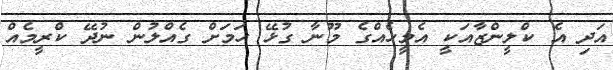
އަދި އެ ކްލީންޒާއަކީ އެމީހެއްގެ މޫނާ ގުޅޭ ހަމަށް ގެއްލުން ނުދޭ ކްރީމެއް